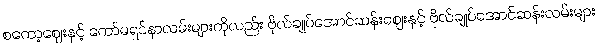
စကော့ဈေးနှင့် ကော်မရှင်နာလမ်းများကိုလည်း ဗိုလ်ချုပ်အောင်ဆန်းဈေးနှင့် ဗိုလ်ချုပ်အောင်ဆန်းလမ်းများ